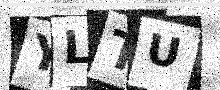
Text: YLTU